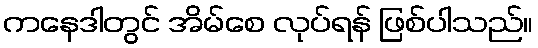
ကနေဒါတွင် အိမ်စေ လုပ်ရန် ဖြစ်ပါသည်။